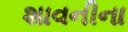
શાવનીના